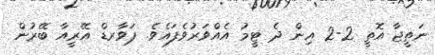
ނަތީޖާ އޮތީ 2-2 އިން ދެ ޓީމު އެއްވަރުވެފައެވެ. ޕަވާރޑް އޭރީއާ ބޭރުން